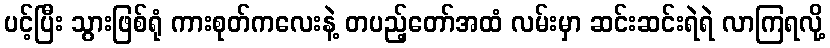
ပင့်ပြီး သွားဖြစ်ရုံ ကားစုတ်ကလေးနဲ့ တပည့်တော်အထံ လမ်းမှာ ဆင်းဆင်းရဲရဲ လာကြရလို့